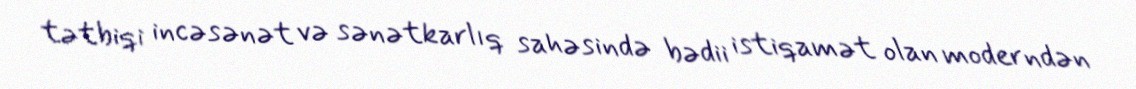
tətbiqi incəsənət və sənətkarlıq sahəsində bədii istiqamət olan moderndən